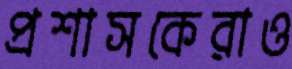
প্রশাসকেরাও